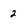
Character: 2